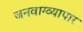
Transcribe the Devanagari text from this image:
जनवाग्व्यापार